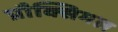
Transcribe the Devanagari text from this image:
प्रौक्सिमल